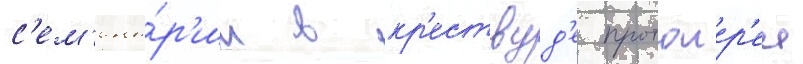
с'ем'ина́р'ии в кр'ествуд'е протоиер'еи